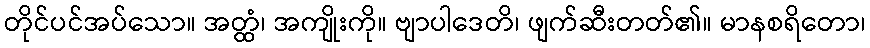
တိုင်ပင်အပ်သော။ အတ္ထံ၊ အကျိုးကို။ ဗျာပါဒေတိ၊ ဖျက်ဆီးတတ်၏။ မာနစရိတော၊